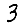
Digit: 3